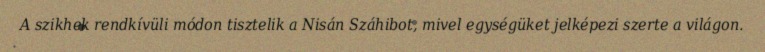
A szikhek rendkívüli módon tisztelik a Nisán Száhibot, mivel egységüket jelképezi szerte a világon.